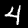
Label: 4